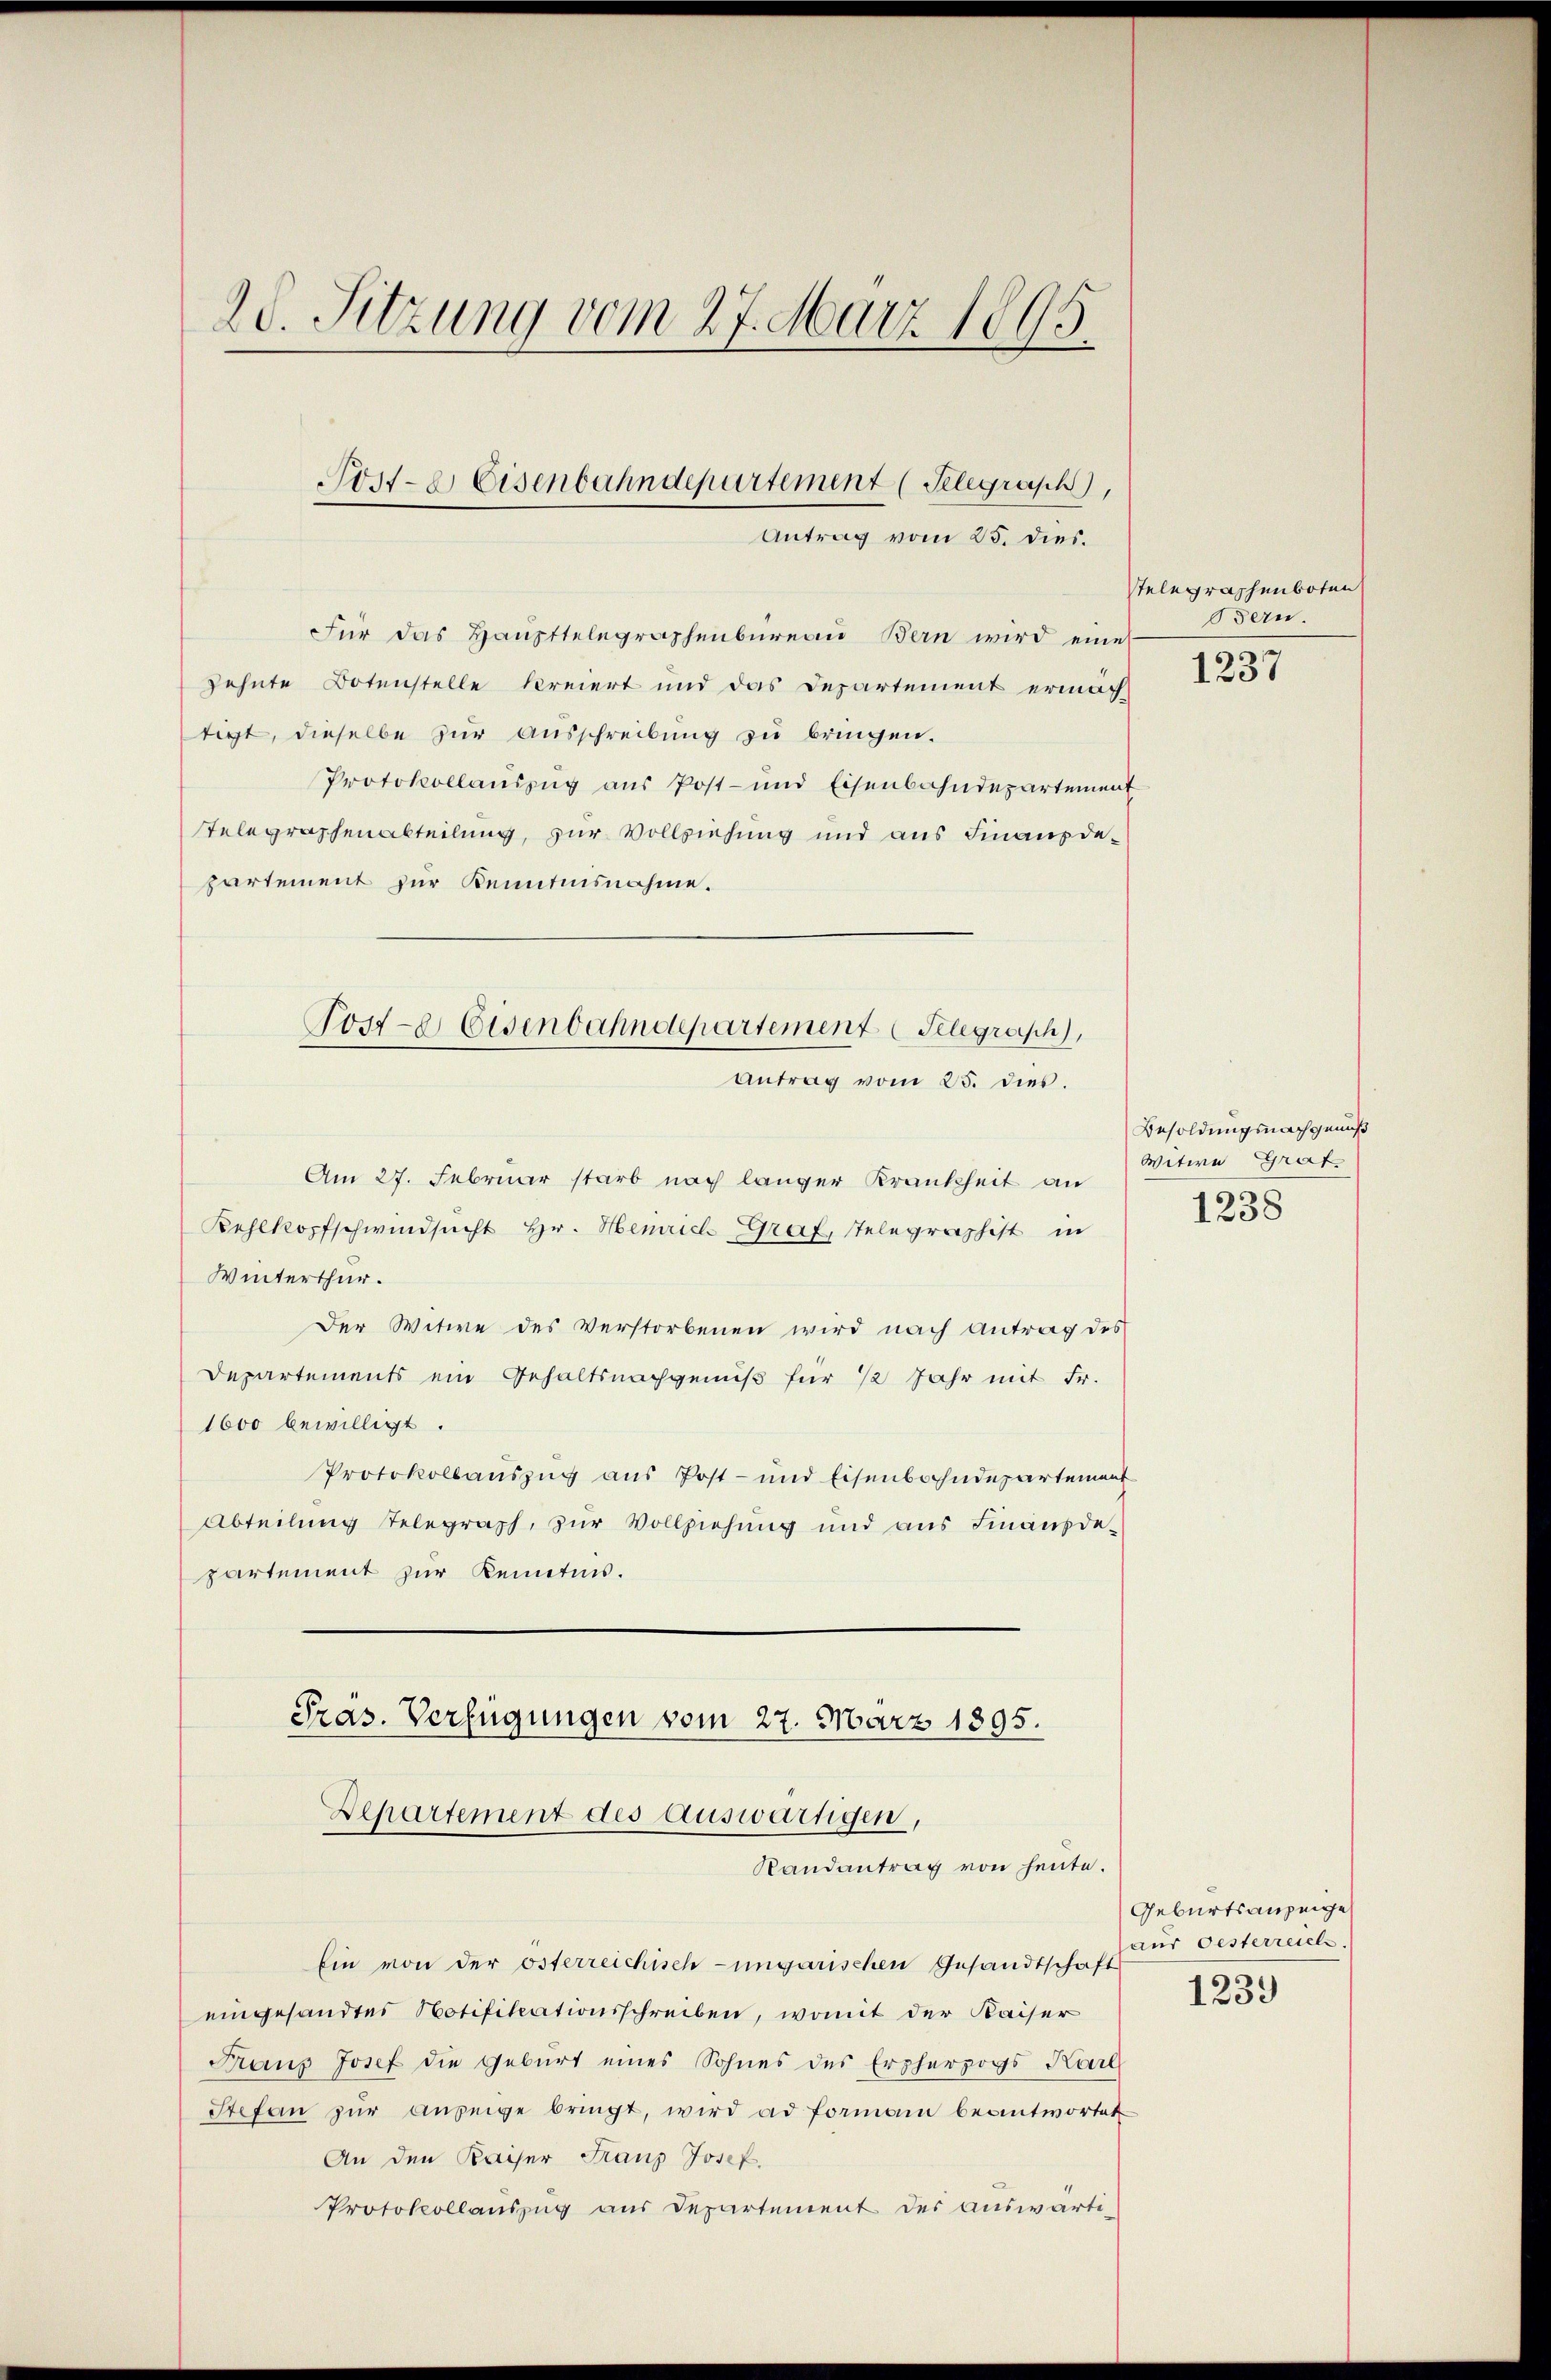
20. Sitzung vom 27. März 1895.

Für das Haupttelegraphenbüreau Bern wird eine
zehnte Botenstelle kreiert und das Departement ermäch-
tigt, dieselbe zur Ausschreibung zu bringen.
Protokollauszug aus Post- und Eisenbahndepartement
Telegraphenabteilung, zur Vollziehung und aus Finanzdepartement zur Kenntnisnahme.
Am 27. Februar starb nach langer Krankheit an
Kehlkopfschwindsucht Hr. Henrich Graf, Telegraphist in
Winterthur.
Der Witwe des Verstorbenen wird nach Antrag des
Departements ein Gehaltsnachgenuß für 12 Jahr mit Fr.
1600 bewilligt.
Protokollauszug aus Post- und Eisenbahndepartement
Abteilung stelegraph, zur Vollziehung und aus Finanzdepartement zur Kenntnis.
Pras. Verfügungen vom 27. März 1895.
Separtement des Auswärtigen,
Randantrag von heute.
Ein von der österreichisch-ungarischen Gesandtschaft
eingesandtes Notifikationsschreiben, womit der Kaiser
Franz Josef die Geburt eines Sohnes des Erzherzogs Karl
Stefan zŭr Anzeige bringt, wird ad formann beantwortet
An den Kaiser Franz Josef.
Protokollauszug aus Departement der auswärti¬

Tosze Eisenbahndepartement Telegraph,
Antrag vom 25. dies.

Post- & Eisenbahndepartement (Telegrasch,
Antrag vom 25. dies.

stelegraphenboten
Bern.

1237

Besoldungsnachgenuß
Witwe Graf
1238

Geburtsanzeige
aus Oesterreich
1239